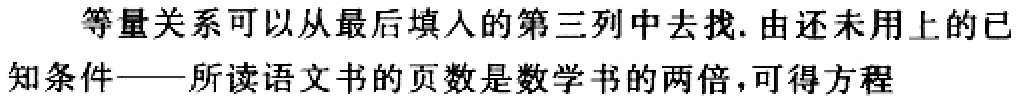
等量关系可以从最后填入的第三列中去找.由还未用上的已知条件——所读语文书的页数是数学书的两倍,可得方程